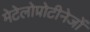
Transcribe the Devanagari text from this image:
मेटेलोप्रोटीनेजों